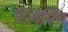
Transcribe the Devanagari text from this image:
स्लिपिंग